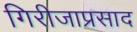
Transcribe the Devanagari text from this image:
गिरीजाप्रसाद